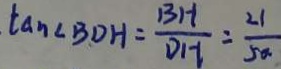
\tan \angle B D H = \frac { B H } { D H } = \frac { 2 1 } { 5 0 }